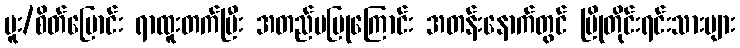
မူး/စိတ်ပြောင်း ရာထူးတက်ပြီး အတည်မပြုကြောင်း အတန်းနောက်တွင် မြိုတိုင်းရင်းသားများ